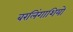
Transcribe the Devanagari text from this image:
बरलिंगाशियो